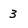
Character: 3